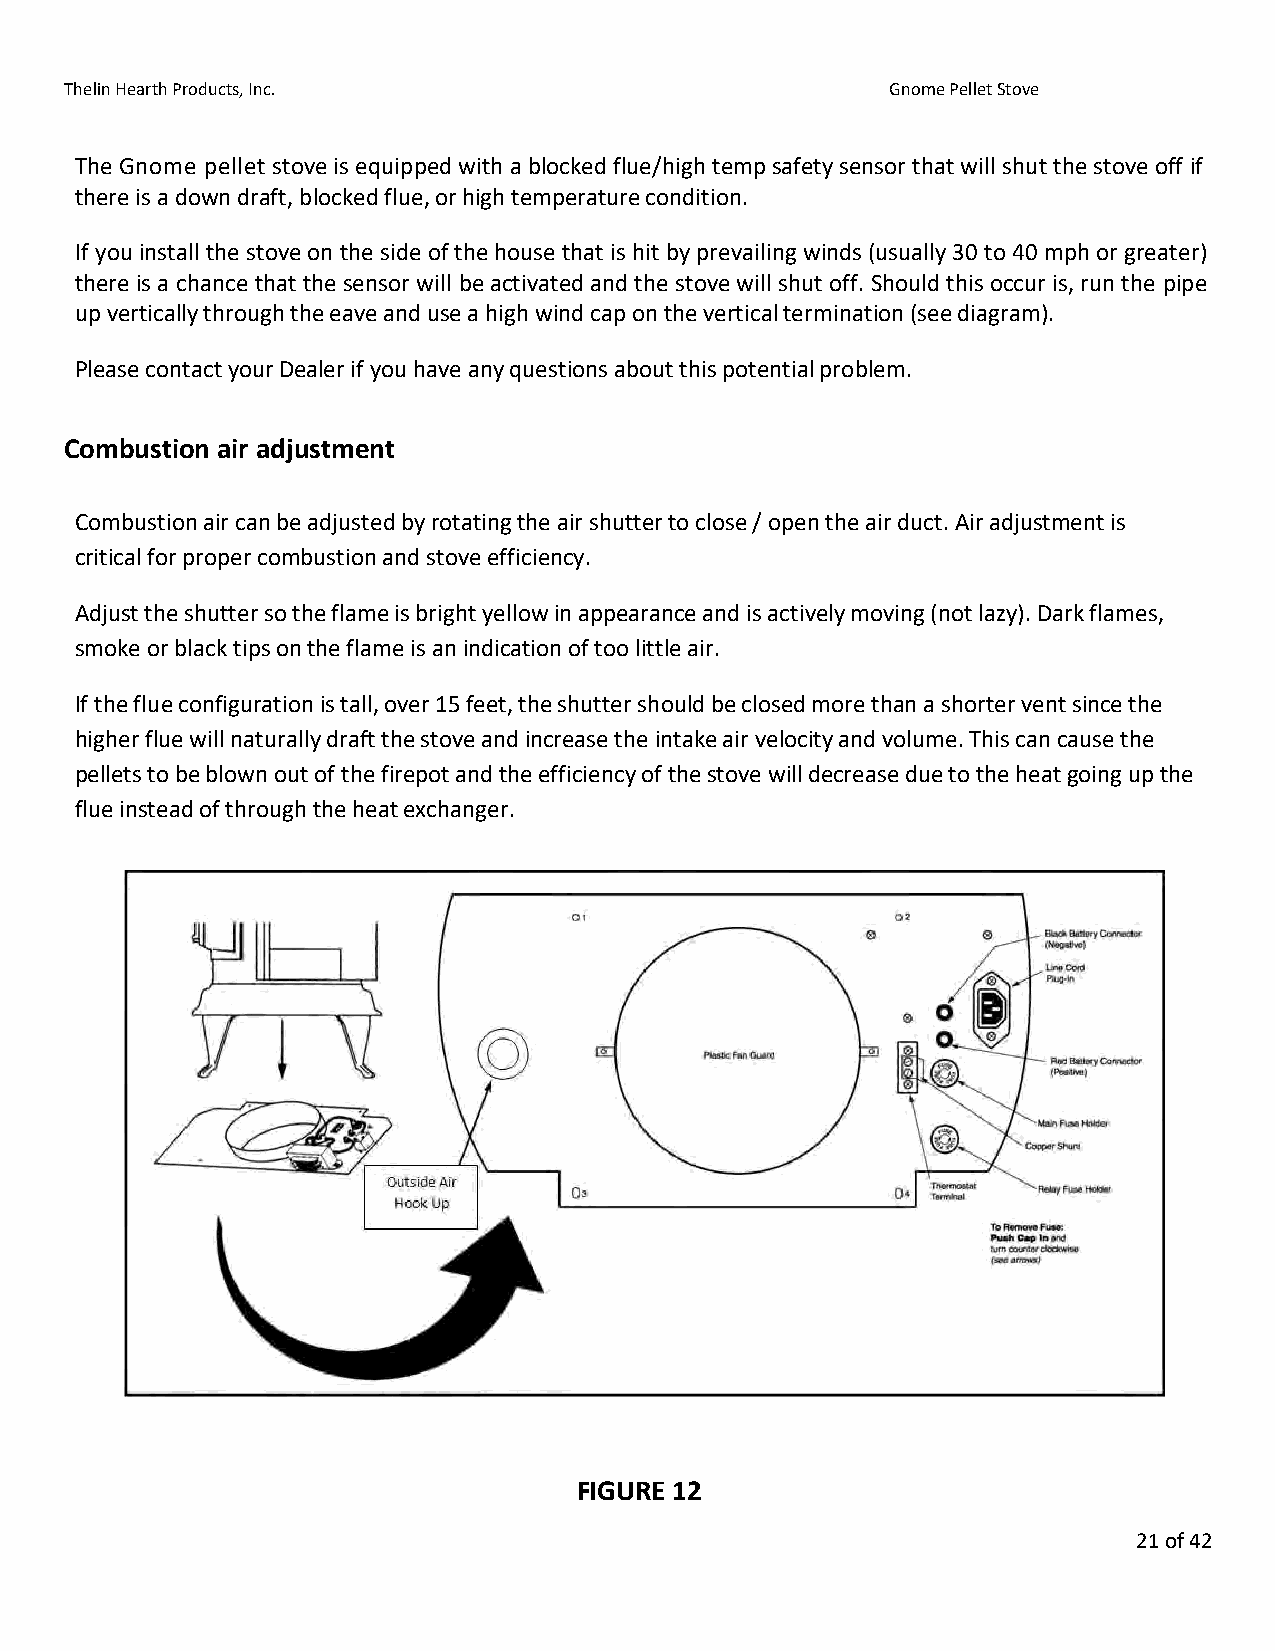
Thelin Hearth Products, Inc.                           Gnome Pellet Stove
 The Gnome pellet stove is equipped with a blocked flue/high temp safety sensor that will shut the stove off if
 there is a down draft, blocked flue, or high temperature condition.
 If you install the stove on the side of the house that is hit by prevailing winds (usually 30 to 40 mph or greater)
 there is a chance that the sensor will be activated and the stove will shut off. Should this occur is, run the pipe
 up vertically through the eave and use a high wind cap on the vertical termination (see diagram).
 Please contact your Dealer if you have any questions about this potential problem.
 Combustion air adjustment
 Combustion air can be adjusted by rotating the air shutter to close / open the air duct. Air adjustment is
 critical for proper combustion and stove efficiency.
 Adjust the shutter so the flame is bright yellow in appearance and is actively moving (not lazy). Dark flames,
 smoke or black tips on the flame is an indication of too little air.
 If the flue configuration is tall, over 15 feet, the shutter should be closed more than a shorter vent since the
 higher flue will naturally draft the stove and increase the intake air velocity and volume. This can cause the
 pellets to be blown out of the firepot and the efficiency of the stove will decrease due to the heat going up the
 flue instead of through the heat exchanger.
 FIGURE 12
 21 of 42